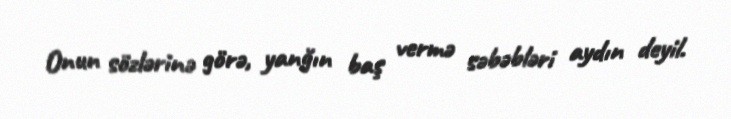
Onun sözlərinə görə, yanğın baş vermə səbəbləri aydın deyil.